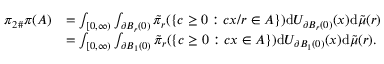
\begin{array} { r l } { { \pi _ { 2 } } _ { \# } \pi ( A ) } & { = \int _ { [ 0 , \infty ) } \int _ { \partial B _ { r } ( 0 ) } \tilde { \pi } _ { r } ( \{ c \geq 0 : c x / r \in A \} ) \mathrm { d } U _ { \partial B _ { r } ( 0 ) } ( x ) \mathrm { d } \tilde { \mu } ( r ) } \\ & { = \int _ { [ 0 , \infty ) } \int _ { \partial B _ { 1 } ( 0 ) } \tilde { \pi } _ { r } ( \{ c \geq 0 : c x \in A \} ) \mathrm { d } U _ { \partial B _ { 1 } ( 0 ) } ( x ) \mathrm { d } \tilde { \mu } ( r ) . } \end{array}